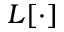
L [ \cdot ]